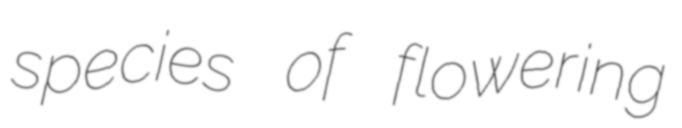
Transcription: species of flowering